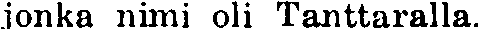
jonka nimi oli Tanttaralla.